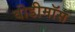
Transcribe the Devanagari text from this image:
वीडीमॉस